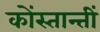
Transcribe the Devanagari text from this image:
कोंस्तान्तीं